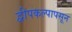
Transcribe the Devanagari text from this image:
द्वीपकल्पापसून